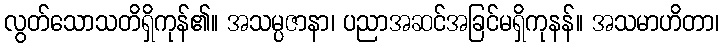
လွတ်သောသတိရှိကုန်၏။ အသမ္ပဇာနာ၊ ပညာအဆင်အခြင်မရှိကုနန်။ အသမာဟိတာ၊